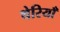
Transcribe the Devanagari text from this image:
थेरियाँ